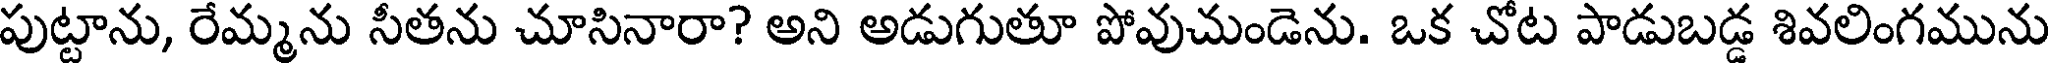
పుట్టాను, రేమ్మను సీతను చూసినారా? అని అడుగుతూ పోవుచుండెను. ఒక చోట పాడుబడ్డ శివలింగమును